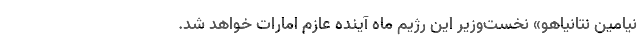
نیامین نتانیاهو» نخست‌وزیر این رژیم ماه آینده عازم امارات خواهد شد.